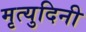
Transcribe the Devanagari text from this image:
मृत्युदिनी